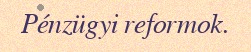
Pénzügyi reformok.